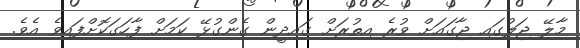
މާލޭ ޖަލުގައި ޖާގައަށް ވުރެ އިތުރަށް ގައިދީން ގެންގުޅޭ ކަމަށް ފާހަގަކޮށްފައިވެ އެވެ.